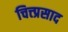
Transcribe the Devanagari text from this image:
चित्त्प्रसाद